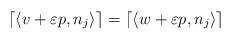
LaTeX: \begin{align*}\lceil \langle v+\varepsilon p, n_j \rangle \rceil = \lceil \langle w+\varepsilon p, n_j \rangle \rceil \end{align*}